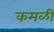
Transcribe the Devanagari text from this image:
कमळी